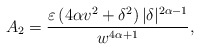
\begin{align*}A_{2}=\frac{\varepsilon \left( 4\alpha v^{2}+\delta^{2}\right) |\delta|^{2\alpha-1}}{w^{4\alpha+1}}, \end{align*}